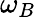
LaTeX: \omega_{B}